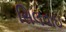
સિલવાઇ